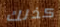
كذلك